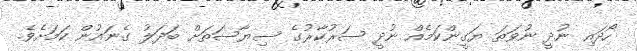
ހޯދައި ނުދީ ނުވަތަ ޔަގީންކަމެއް ނުދީ ސަރުކާރުގެ ސިޔާސަތަށް ބަދަލު ގެނައުން ކަމަށެވެ.